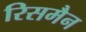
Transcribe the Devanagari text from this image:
रिसमैन